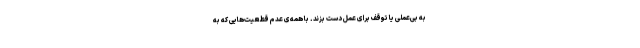
به بی‌عملی یا توقف برای عمل دست بزند. با همه‌ی عدم قطعیت‌هایی که به